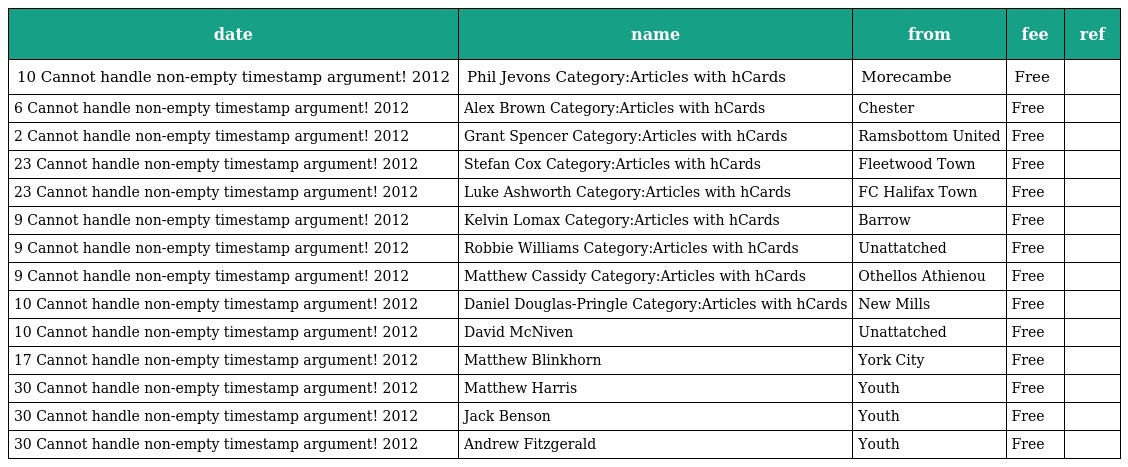
| date | name | from | fee | ref |
 | --- | --- | --- | --- | --- |
 | 10 Cannot handle non-empty timestamp argument! 2012 | Phil Jevons Category:Articles with hCards | Morecambe | Free |  |
 | 6 Cannot handle non-empty timestamp argument! 2012 | Alex Brown Category:Articles with hCards | Chester | Free |  |
 | 2 Cannot handle non-empty timestamp argument! 2012 | Grant Spencer Category:Articles with hCards | Ramsbottom United | Free |  |
 | 23 Cannot handle non-empty timestamp argument! 2012 | Stefan Cox Category:Articles with hCards | Fleetwood Town | Free |  |
 | 23 Cannot handle non-empty timestamp argument! 2012 | Luke Ashworth Category:Articles with hCards | FC Halifax Town | Free |  |
 | 9 Cannot handle non-empty timestamp argument! 2012 | Kelvin Lomax Category:Articles with hCards | Barrow | Free |  |
 | 9 Cannot handle non-empty timestamp argument! 2012 | Robbie Williams Category:Articles with hCards | Unattatched | Free |  |
 | 9 Cannot handle non-empty timestamp argument! 2012 | Matthew Cassidy Category:Articles with hCards | Othellos Athienou | Free |  |
 | 10 Cannot handle non-empty timestamp argument! 2012 | Daniel Douglas-Pringle Category:Articles with hCards | New Mills | Free |  |
 | 10 Cannot handle non-empty timestamp argument! 2012 | David McNiven | Unattatched | Free |  |
 | 17 Cannot handle non-empty timestamp argument! 2012 | Matthew Blinkhorn | York City | Free |  |
 | 30 Cannot handle non-empty timestamp argument! 2012 | Matthew Harris | Youth | Free |  |
 | 30 Cannot handle non-empty timestamp argument! 2012 | Jack Benson | Youth | Free |  |
 | 30 Cannot handle non-empty timestamp argument! 2012 | Andrew Fitzgerald | Youth | Free |  |